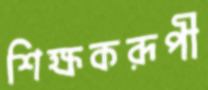
শিক্ষকরূপী